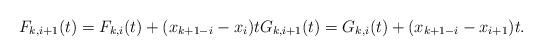
LaTeX: \begin{align*}F_{k,i+1}(t) = F_{k,i}(t) + (x_{k+1-i} - x_i)t G_{k,i+1}(t) = G_{k,i}(t) + (x_{k+1-i} - x_{i+1})t.\end{align*}